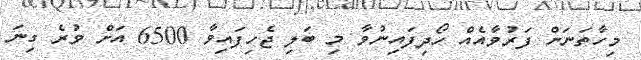
މިހާތަނަށް ފަރުވާއެއް ހޯދިފައިނުވާ މި ބަލި ޖެހިފައިވާ 6500 އަށް ވުރެ ގިނަ